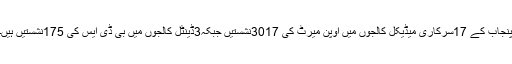
پنجاب کے 17سرکاری میڈیکل کالجوں میں اوپن میرٹ کی 3017نشستیں جبکہ3ڈینٹل کالجوں میں بی ڈی ایس کی 175نشستیں ہیں۔